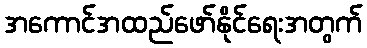
အကောင်အထည်ဖော်နိုင်ရေးအတွက်